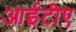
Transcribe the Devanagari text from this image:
आईटीए